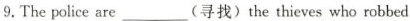
9.The police are___(寻找)the theves who robbed the bank.